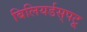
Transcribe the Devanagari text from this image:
बिलियर्डस्‌पटू